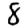
Digit: 8